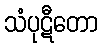
သံပုဋီတော